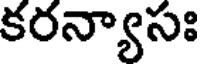
కరన్యాసః